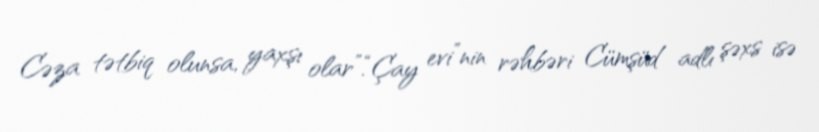
Cəza tətbiq olunsa, yaxşı olar”.“Çay evi”nin rəhbəri Cümşüd adlı şəxs isə